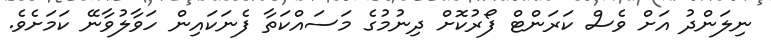
ނިލަންދު އަށް ވެސް ކަރަންޓް ފޯރުކޮށް ދިނުމުގެ މަސައްކަތާ ފެނަކައިން ހަވާލުވާނޭ ކަމަށެވެ.